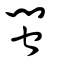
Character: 閩